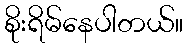
စိုးရိမ်နေပါတယ်။